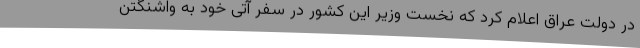
در دولت عراق اعلام کرد که نخست وزیر این کشور در سفر آتی خود به واشنگتن